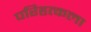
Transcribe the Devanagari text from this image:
परिहृत्कला